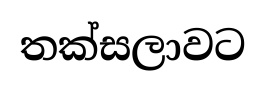
තක්සලාවට